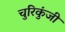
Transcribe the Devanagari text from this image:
चुरिकुंजी